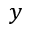
y